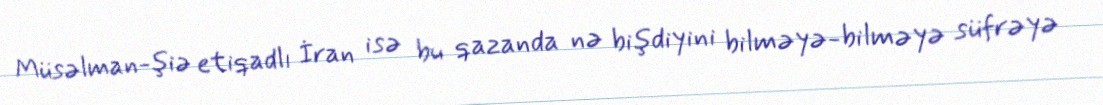
Müsəlman-şiə etiqadlı İran isə bu qazanda nə bişdiyini bilməyə-bilməyə süfrəyə